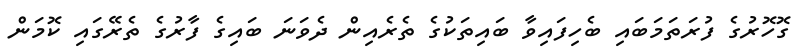
ގޮހޮރުގެ ފުރަތަމަބައި ބެހިފައިވާ ބައިތަކުގެ ތެރެއިން ދެވަނަ ބައިގެ ފާރުގެ ތެރޭގައި ކޮމަން